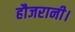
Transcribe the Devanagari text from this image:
हौजरानी।